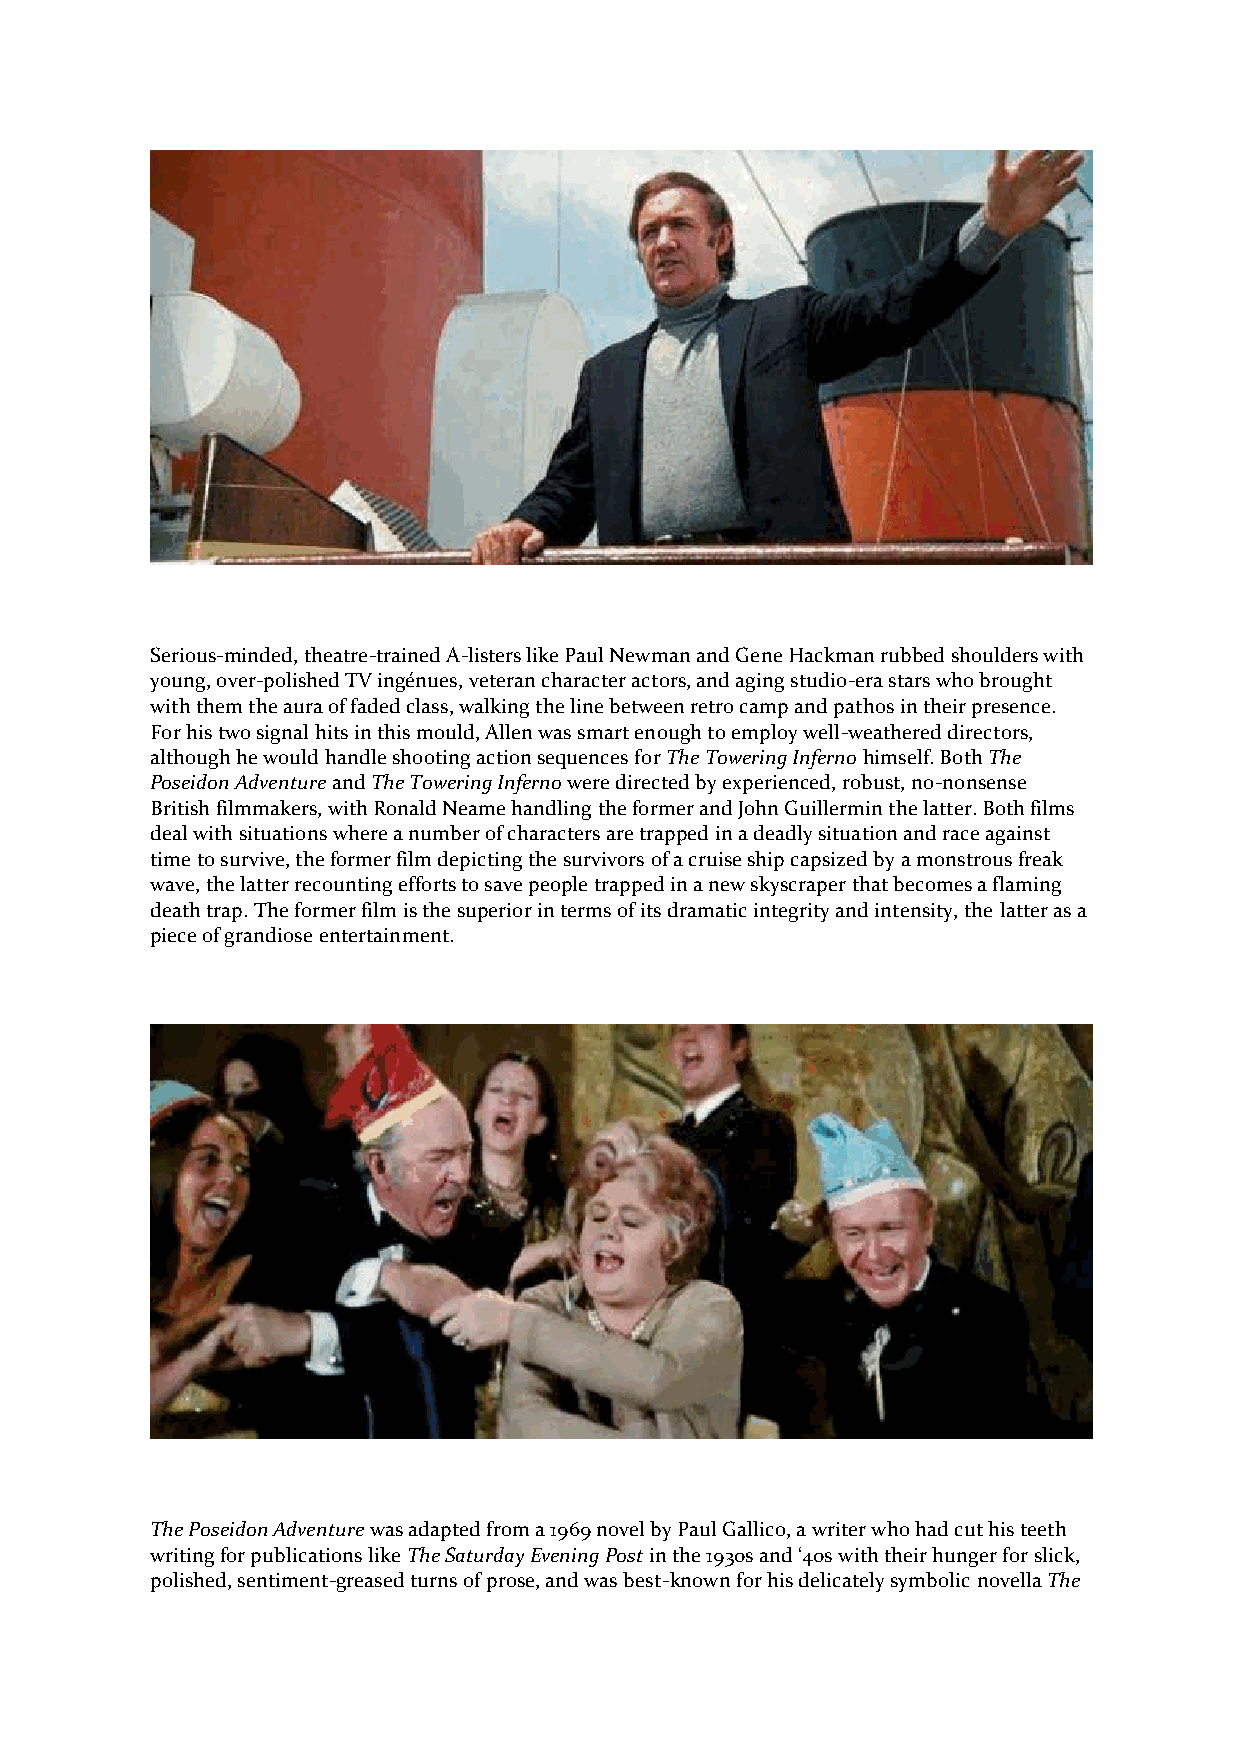
Serious-minded, theatre-trained A-listers like Paul Newman and Gene Hackman rubbed shoulders with
 young, over-polished TV ingénues, veteran character actors, and aging studio-era stars who brought
 with them the aura of faded class, walking the line between retro camp and pathos in their presence.
 For his two signal hits in this mould, Allen was smart enough to employ well-weathered directors,
 although he would handle shooting action sequences for The Towering Inferno himself. Both The
 Poseidon Adventure and The Towering Inferno were directed by experienced, robust, no-nonsense
 British filmmakers, with Ronald Neame handling the former and John Guillermin the latter. Both films
 deal with situations where a number of characters are trapped in a deadly situation and race against
 time to survive, the former film depicting the survivors of a cruise ship capsized by a monstrous freak
 wave, the latter recounting efforts to save people trapped in a new skyscraper that becomes a flaming
 death trap. The former film is the superior in terms of its dramatic integrity and intensity, the latter as a
 piece of grandiose entertainment.
 The Poseidon Adventure was adapted from a 1969 novel by Paul Gallico, a writer who had cut his teeth
 writing for publications like The Saturday Evening Post in the 1930s and ‘40s with their hunger for slick,
 polished, sentiment-greased turns of prose, and was best-known for his delicately symbolic novella The